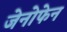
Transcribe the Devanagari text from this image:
जेनोफेन